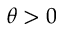
\theta > 0